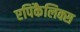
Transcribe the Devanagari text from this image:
एपिकैलिक्स